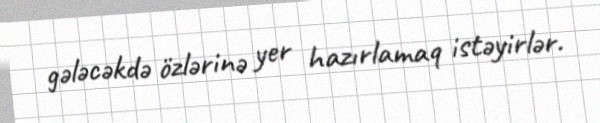
gələcəkdə özlərinə yer hazırlamaq istəyirlər.